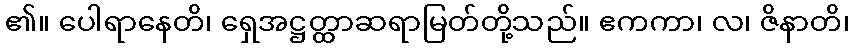
၏။ ပေါရာနေတိ၊ ရှေအဋ္ဌတ္ထာဆရာမြတ်တို့သည်။ ဧကကာ၊ လ၊ ဇိနာတိ၊